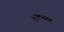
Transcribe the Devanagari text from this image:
एकचक्षु